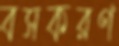
বসকরণ